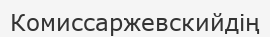
Комиссаржевскийдің